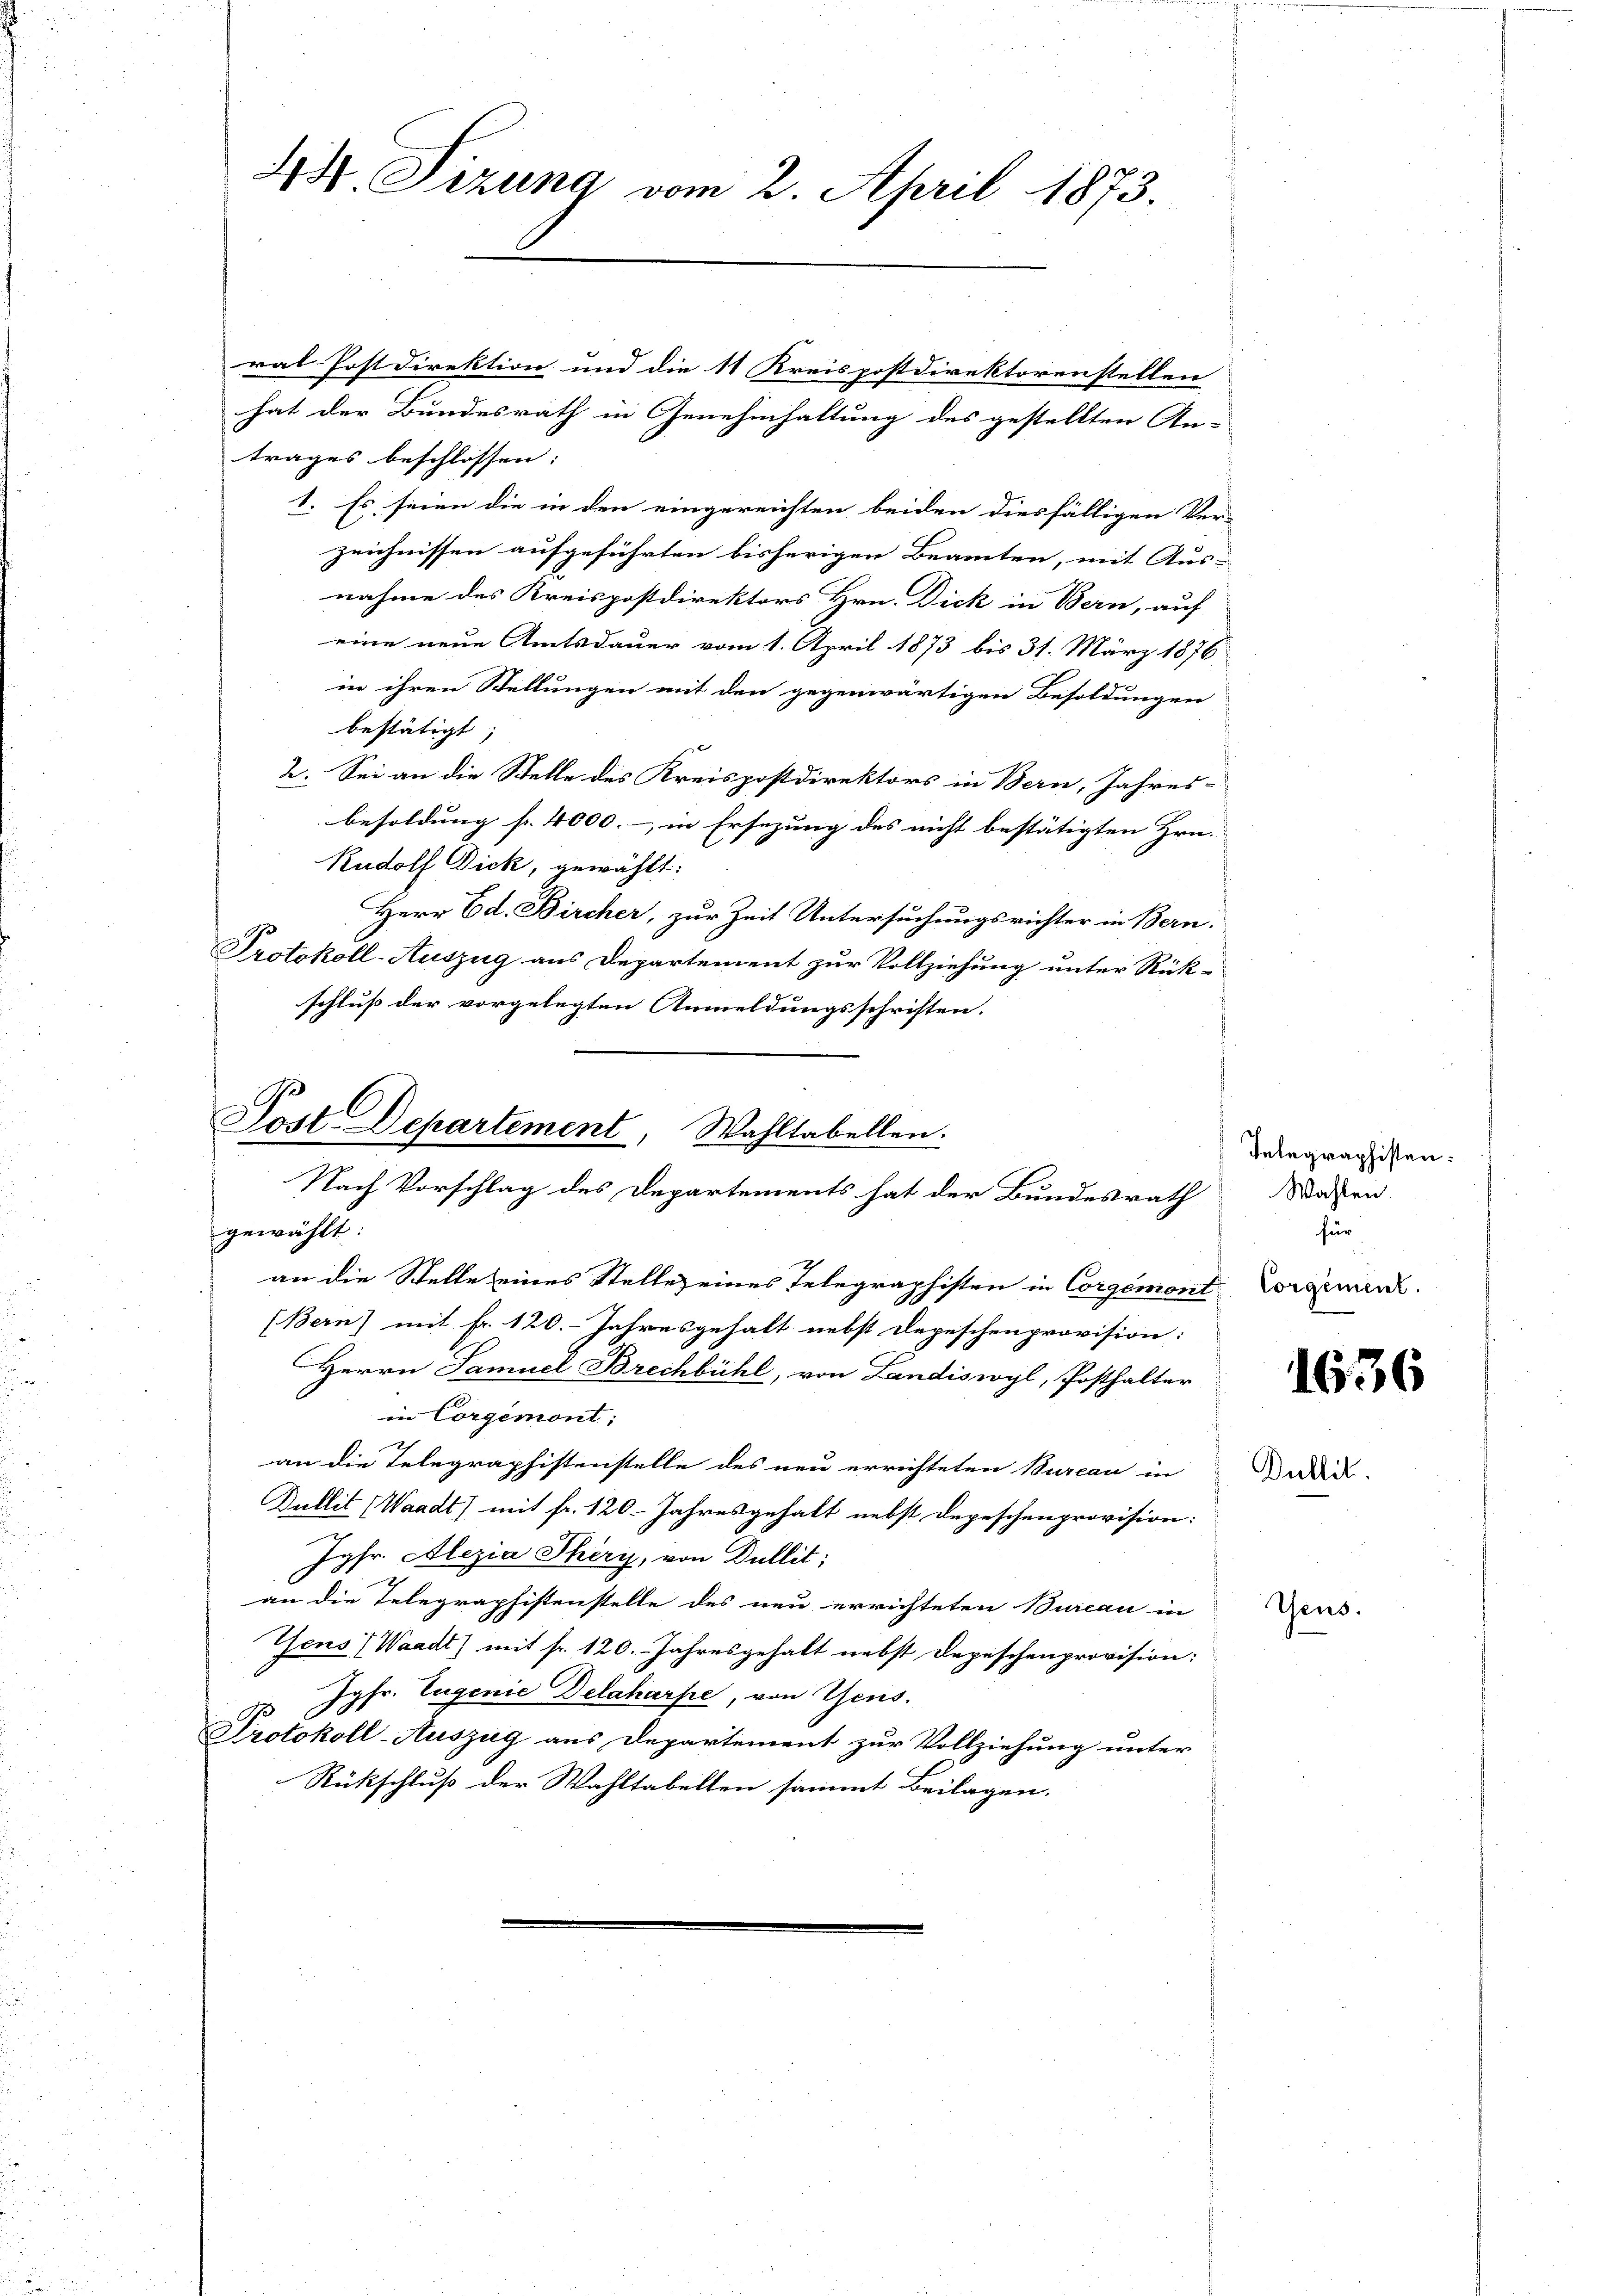
44. Tizung vom 2. April 1873.

ral Postdirektion und die 11 Kreispostdirektorenstellen
hat der Bundesrath in Genehmhaltung des gestellten An-
trages beschlossen:
1. Es seien die in den eingereichten beiden diesfälligen Ver-
zeichnissen aufgeführten bisherigen Beamten, mit Aus-
nahme des Kreispostdirektors Hrn. Dick in Bern, auf
eine neue Amtsdauer vom 1. April 1873 bis 31. März 1876
in ihren Stellungen mit den gegenwärtigen Besoldungen
bestätigt
x
2. Sei an die Stelle des Kreispostdirektors in Bern, Jahres-
besoldung fr. 4000.-, in Ersezung des nicht bestätigten Hrn.
Rudolf Dick, gewählt:
Herr Ed. Bircher, zur Zeit Untersuchungsrichter in Bern.
Protokoll-Auszug aus Departement zur Vollziehung unter Rück-
schluss der vorgelegten Anmeldungsschriften.

Post. Departement, Wahltabellen.
Nach Vorschlag des Departements hat der Bundesrath
gewählt:

an die Stelle eines Stelle eines Telegraphisten in Corgement Lorgenen.
(Bern) mit fr. 120. Jahresgehalt nebst Depeschenprovision:
Herrn Samuel Brechbühl, von Landiswyl, Posthalter
in Corgemont:
an die Telegraphistenstelle des neu errichteten Bureau in
Dullit (Waadt) mit fr. 120. Jahresgehalt nebst Depeschenprovision:
Jgfr. Alezia Théry, von Dullit;
an die Telegraphistenstelle des neu errichteten Bureau in
Gens (Waadt) mit fr. 120. Jahresgehalt nebst Depeschenprovision:
Jgfr. Eugenie Delaharpe, von Gens.
Protokoll-Auszug aus Departement zur Vollziehung unter
Rückschluß der Wahltabellen sammt Beilagen.

Telegraphisten:
Wahlen.
für

Dullit

1636

Teus.